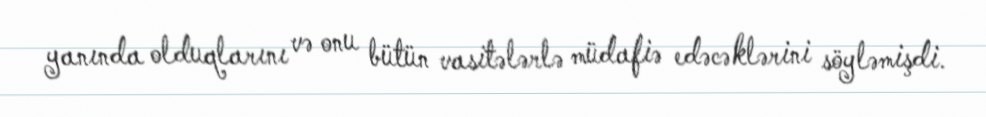
yanında olduqlarını və onu bütün vasitələrlə müdafiə edəcəklərini söyləmişdi.